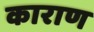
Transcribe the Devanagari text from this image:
काराण